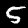
Label: 5